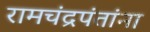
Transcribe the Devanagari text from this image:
रामचंद्रपंतांना